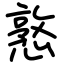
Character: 憝